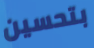
بتحسين